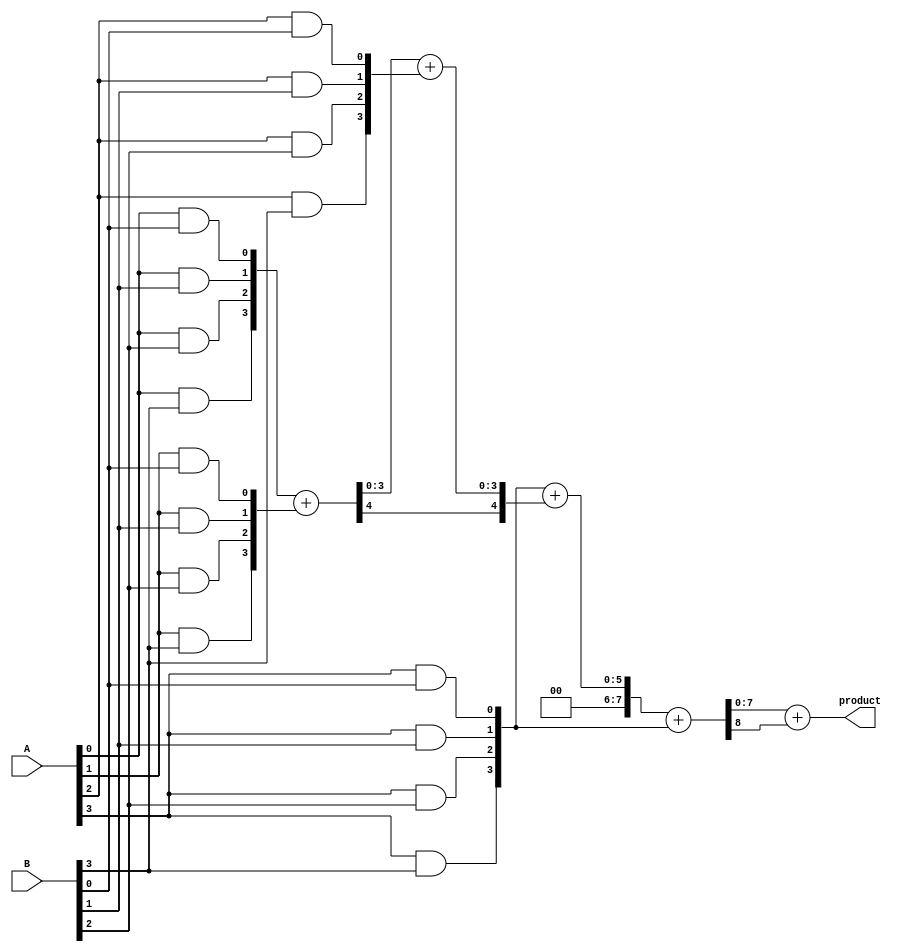
module dadda_multiplier (
    input [3:0] A,
    input [3:0] B,
    output reg [7:0] product
);

    wire [3:0] pp[3:0]; // Partial products
    wire [7:0] sum[2:0]; // Sums at each stage
    wire [7:0] carry[2:0]; // Carries at each stage

    // Generate partial products
    genvar i, j;
    generate
        for (i = 0; i < 4; i = i + 1) begin : pp_gen
            for (j = 0; j < 4; j = j + 1) begin : pp_row
                assign pp[i][j] = A[i] & B[j];
            end
        end
    endgenerate

    // First stage reduction (3 rows)
    wire [3:0] s0, s1, s2;
    wire c0, c1;

    // First stage: Reduce partial products
    // pp[0] + pp[1] + pp[2] (sum)
    assign {c0, s0} = pp[0] + pp[1]; // Half adder
    assign {c1, s1} = s0 + pp[2]; // Full adder

    // Second stage: Reduce remaining partial products
    assign sum[0] = {1'b0, pp[3]} + {c0, s1}; // Full adder with carry

    // Second stage reduction (2 rows)
    assign {carry[0], sum[1]} = sum[0] + {1'b0, pp[3]}; // Full adder

    // Final stage: Combine results
    assign product = sum[1] + carry[0];

endmodule